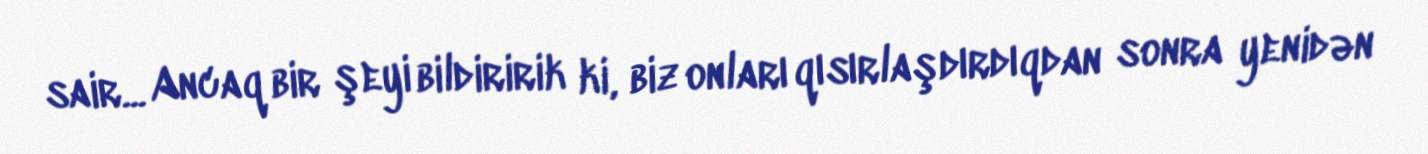
sair... Ancaq bir şeyi bildiririk ki, biz onları qısırlaşdırdıqdan sonra yenidən